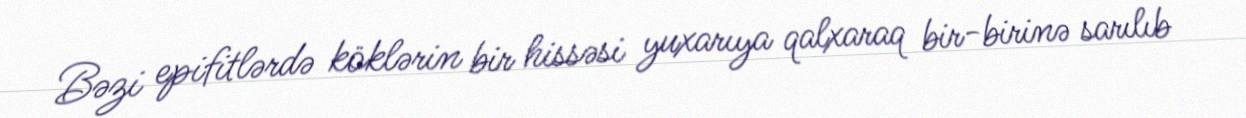
Bəzi epifitlərdə köklərin bir hissəsi yuxarıya qalxaraq bir-birinə sarılıb